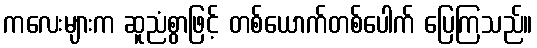
ကလေးများက ဆူညံစွာဖြင့် တစ်ယောက်တစ်ပေါက် ပြေကြသည်။